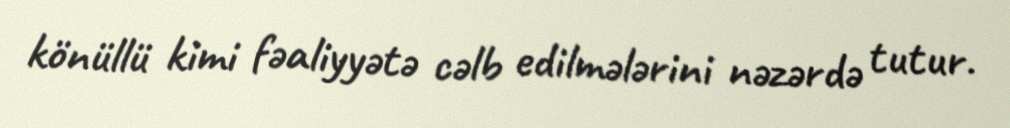
könüllü kimi fəaliyyətə cəlb edilmələrini nəzərdə tutur.